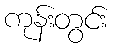
ကုန်းတွင်း